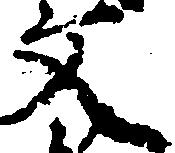
文